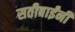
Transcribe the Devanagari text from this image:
सतीबाईंनी